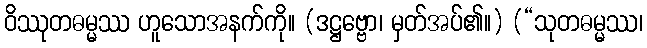
ဝိဿုတဓမ္မဿ ဟူသောအနက်ကို။ (ဒဋ္ဌဗ္ဗော၊ မှတ်အပ်၏။) (“သုတဓမ္မဿ၊